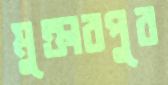
মুক্তারপুর